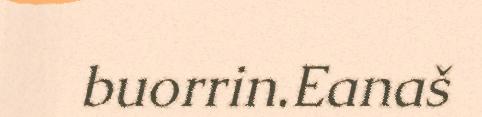
buorrin.Eanaš